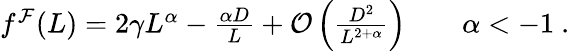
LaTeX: \begin{array}{r}{f^{\mathcal{F}}(L)=2\gamma L^{\alpha}-\frac{\alpha D}{L}+\mathcal{O}\left(\frac{D^{2}}{L^{2+\alpha}}\right)\qquad\alpha<-1\ .}\end{array}